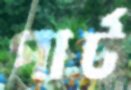
পার্ট